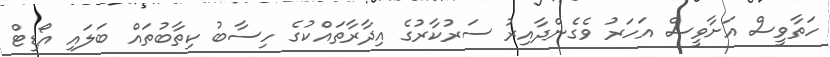
ހަތާވީސް އަށާވީސް އަހަރު ވެގެންދާއިރު ސަރުކާރުގެ އިދާރާތައްކުގެ ހިސާބު ކިތާބުތައް ބަލައި އޯޑިޓް